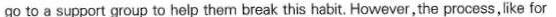
go to a support group to help them break this habit. However, the process,like for